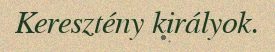
Keresztény királyok.